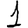
Digit: 1